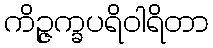
ကိဉ္ဇက္ခပရိဝါရိတာ